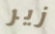
زير